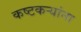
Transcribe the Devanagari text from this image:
कष्टकऱ्यांना